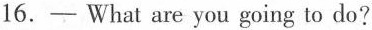
16.-—What are you going to do?